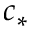
c _ { * }